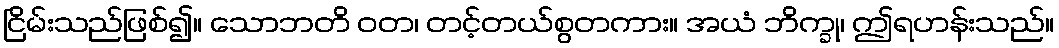
ငြိမ်းသည်ဖြစ်၍။ သောဘတိ ဝတ၊ တင့်တယ်စွတကား။ အယံ ဘိက္ခု၊ ဤရဟန်းသည်။